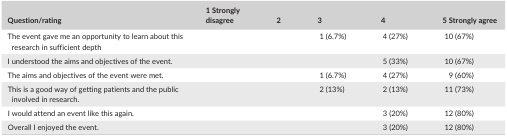
| Question/rating | 1 Strongly disagree | 2 | 3 | 4 | 5 Strongly agree |
 | --- | --- | --- | --- | --- | --- |
 | The event gave me an opportunity to learn about this research in sufficient depth |  |  | 1 (6.7%) | 4 (27%) | 10 (67%) |
 | I understood the aims and objectives of the event. |  |  |  | 5 (33%) | 10 (67%) |
 | The aims and objectives of the event were met. |  |  | 1 (6.7%) | 4 (27%) | 9 (60%) |
 | This is a good way of getting patients and the public involved in research. |  |  | 2 (13%) | 2 (13%) | 11 (73%) |
 | I would attend an event like this again. |  |  |  | 3 (20%) | 12 (80%) |
 | Overall I enjoyed the event. |  |  |  | 3 (20%) | 12 (80%) |